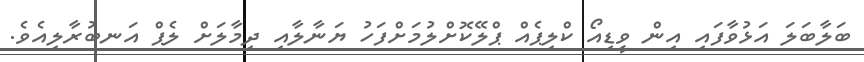
ބަލާބަލަ އަޅުވާފައި އިން ވީޑިއޯ ކްލިޕެއް ޕްލޭކޮށްލުމަށްފަހު ޔަނާލާއި ދިމާލަށް ލެޕް އަނބުރާލިއެވެ.